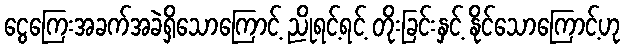
ငွေကြေးအခက်အခဲရှိသောကြောင့် ညိုရင့်ရင့် တိုးခြင်းနှင့် နိုင်သောကြောင့်ဟု